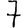
Digit: 7